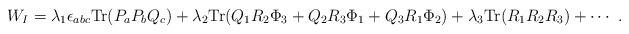
LaTeX: \begin{align*}W_I = \lambda_{1} \epsilon_{abc} {\mbox{Tr}} (P_a P_b Q_c) + \lambda_{2} {\mbox{Tr}} (Q_1 R_2 \Phi_3 + Q_2 R_3 \Phi_1 + Q_3 R_1 \Phi_2) + \lambda_{3} {\mbox{Tr}} (R_1 R_2 R_3) + \cdots ~.\end{align*}